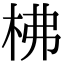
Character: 柫